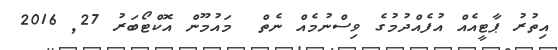
އިތުރު ޕާޓީއެއް އުފެއްދުމުގެ ވިސްނުމެއް ނެތް  މައުމޫން އޮކްޓޯބަރު 27